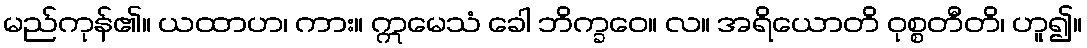
မည်ကုန်၏။ ယထာဟ၊ ကား။ ဣမေသံ ခေါ ဘိက္ခဝေ။ လ။ အရိယောတိ ဝုစ္စတီတိ၊ ဟူ၍။